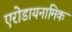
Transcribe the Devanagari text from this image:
एरोडायनामिक